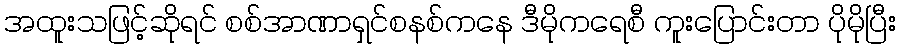
အထူးသဖြင့်ဆိုရင် စစ်အာဏာရှင်စနစ်ကနေ ဒီမိုကရေစီ ကူးပြောင်းတာ ပိုမိုပြီး